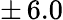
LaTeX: \pm\, 6.0